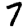
Digit: 7